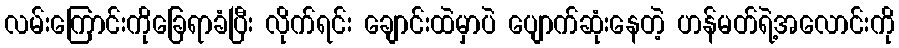
လမ်းကြောင်းကိုခြေရာခံပြီး လိုက်ရင်း ချောင်းထဲမှာပဲ ပျောက်ဆုံးနေတဲ့ ဟန်မတ်ရဲ့အလောင်းကို